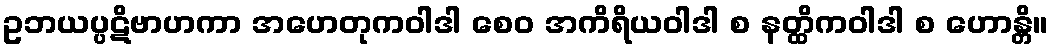
ဥဘယပ္ပဋိဗာဟကာ အဟေတုကဝါဒါ စေဝ အကိရိယဝါဒါ စ နတ္ထိကဝါဒါ စ ဟောန္တိ။